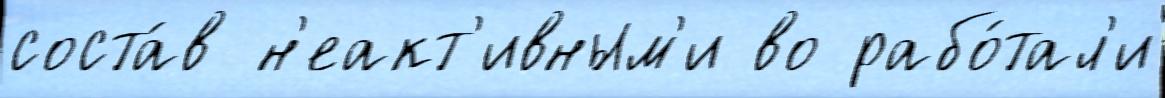
соста́в н'еакт'ивным'и во рабо́тал'и